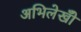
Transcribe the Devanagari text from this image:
अभिलेखोँ